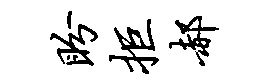
盼拒郝